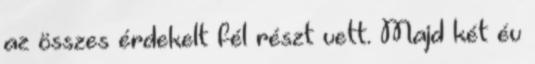
az összes érdekelt fél részt vett. Majd két év